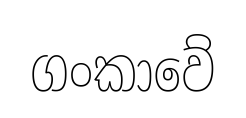
ගංකාවේ